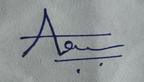
Signature authenticity: genuine